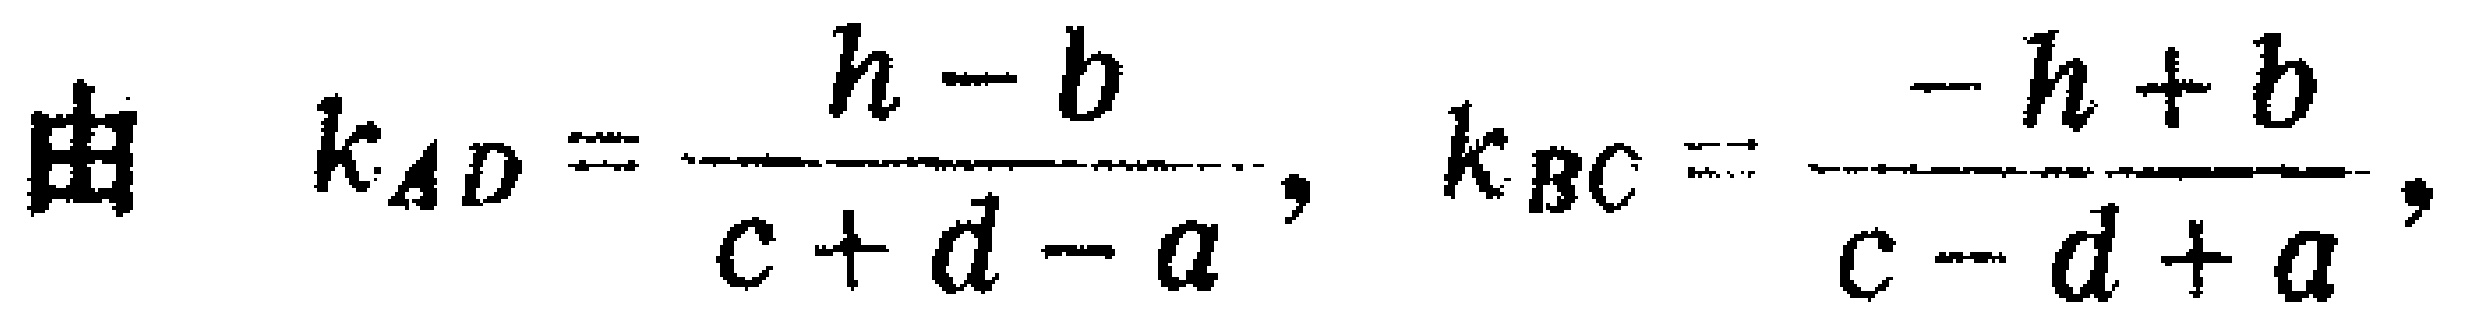
由 \(k_{AD}=\frac{h - b}{c + d - a},\ k_{BC}=\frac{-h + b}{c - d + a},\)